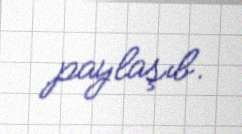
paylaşıb.